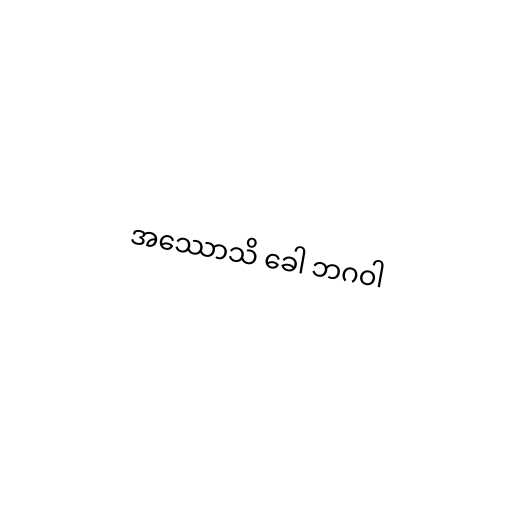
အဿောသိ ခေါ ဘဂဝါ